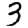
Digit: 3